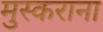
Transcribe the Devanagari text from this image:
मुस्कराना